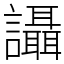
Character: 讘